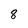
Character: 8